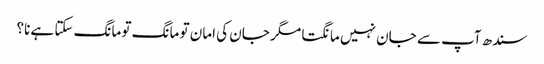
سندھ آپ سے جان نہیں مانگتا مگر جان کی امان تو مانگ تو مانگ سکتا ہے نا؟